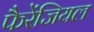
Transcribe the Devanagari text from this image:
फैरेंजियल